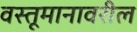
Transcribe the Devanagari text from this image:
वस्तूमानावरील